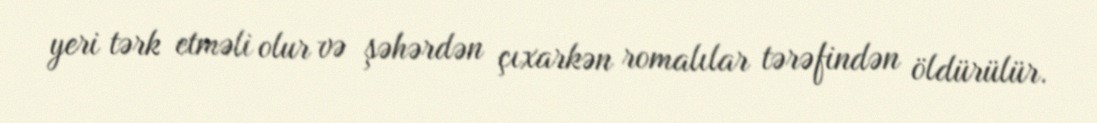
yeri tərk etməli olur və şəhərdən çıxarkən romalılar tərəfindən öldürülür.